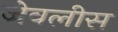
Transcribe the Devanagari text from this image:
जेवलीस